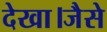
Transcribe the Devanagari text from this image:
देखा।जैसे